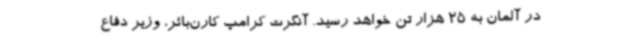
در آلمان به 25 هزار تن خواهد رسید. آنگرت کرامپ کارن‌بائر، وزیر دفاع